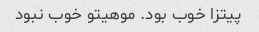
پیتزا خوب بود. موهیتو خوب نبود